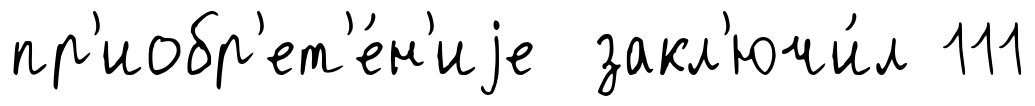
пр'иобр'ет'е́н'иjе закл'ючи́л 111